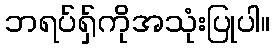
ဘရပ်ရှ်ကိုအသုံးပြုပါ။